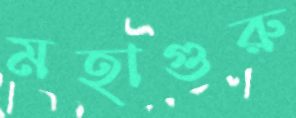
মহাগুরু